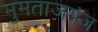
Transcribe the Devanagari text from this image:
मुमताजगंज